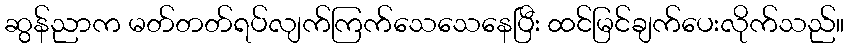
ဆွန်ညာက မတ်တတ်ရပ်လျက်ကြက်သေသေနေပြီး ထင်မြင်ချက်ပေးလိုက်သည်။